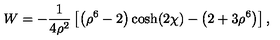
W = - \frac { 1 } { 4 \rho ^ { 2 } } \left[ \left( \rho ^ { 6 } - 2 \right) \cosh ( 2 \chi ) - \left( 2 + 3 \rho ^ { 6 } \right) \right] ,